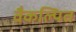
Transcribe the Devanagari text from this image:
वैकल्पित